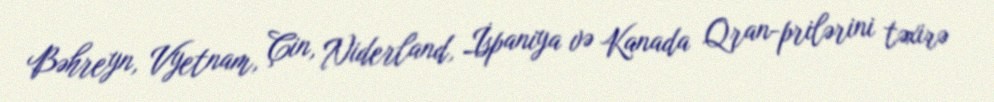
Bəhreyn, Vyetnam, Çin, Niderland, İspaniya və Kanada Qran-prilərini təxirə